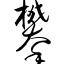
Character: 攀